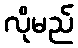
လိုမည်